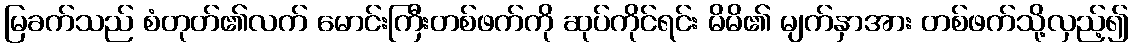
မြခက်သည် စံတုတ်၏လက် မောင်းကြီးတစ်ဖက်ကို ဆုပ်ကိုင်ရင်း မိမိ၏ မျက်နှာအား တစ်ဖက်သို့လှည့်၍